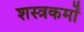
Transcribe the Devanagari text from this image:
शस्त्रकर्मों